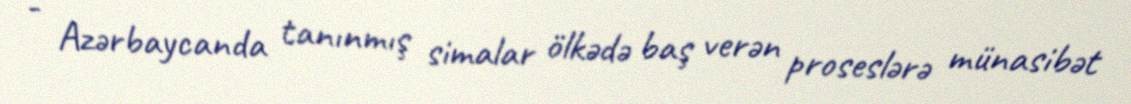
- Azərbaycanda tanınmış simalar ölkədə baş verən proseslərə münasibət